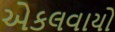
એકલવાયો